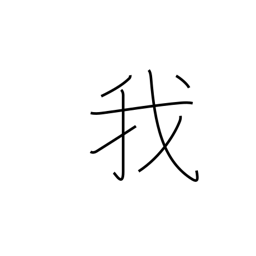
Meaning: I